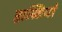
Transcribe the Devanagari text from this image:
हास्तियां